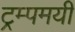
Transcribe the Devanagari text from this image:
ट्रम्पमयी